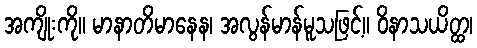
အကျိုးကို။ မာနာတိမာနေန၊ အလွန်မာန်မူသဖြင့်။ ဝိနာသယိတ္ထ၊